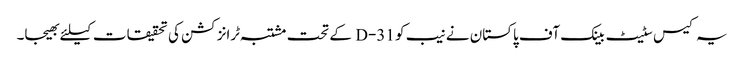
یہ کیس سٹیٹ بینک آف پاکستان نے نیب کو 31-D کے تحت مشتبہ ٹرانزکشن کی تحقیقات کیلئے بھیجا۔